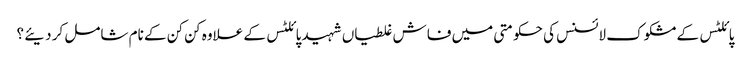
پائلٹس کے مشکوک لائسنس کی حکومتی میں فاش غلطیاں شہید پائلٹس کے علاوہ کن کن کے نام شامل کر دیئے ؟